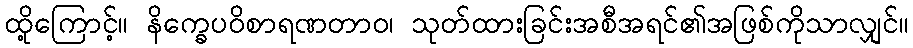
ထို့ကြောင့်။ နိက္ခေပဝိစာရဏတာဝ၊ သုတ်ထားခြင်းအစီအရင်၏အဖြစ်ကိုသာလျှင်။